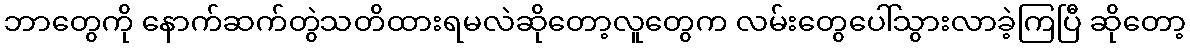
ဘာတွေကို နောက်ဆက်တွဲသတိထားရမလဲဆိုတော့လူတွေက လမ်းတွေပေါ်သွားလာခဲ့ကြပြီ ဆိုတော့